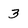
Character: 3